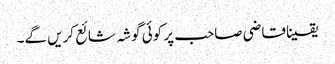
یقینا قاضی صاحب پر کوئی گوشہ شائع کریں گے۔